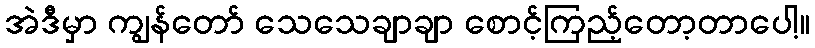
အဲဒီမှာ ကျွန်တော် သေသေချာချာ စောင့်ကြည့်တော့တာပေါ့။